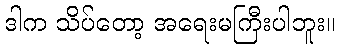
ဒါက သိပ်တော့ အရေးမကြီးပါဘူး။